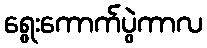
ရွေးကောက်ပွဲကာလ